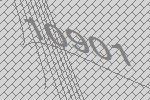
10901